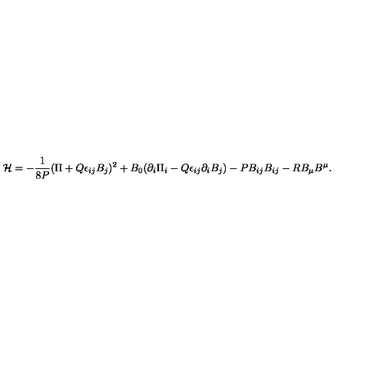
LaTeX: { \cal H } = - { \frac { 1 } { 8 P } } ( \Pi + Q \epsilon _ { i j } B _ { j } ) ^ { 2 } + B _ { 0 } ( \partial _ { i } \Pi _ { i } - Q \epsilon _ { i j } \partial _ { i } B _ { j } ) - P B _ { i j } B _ { i j } - R B _ { \mu } B ^ { \mu } .